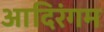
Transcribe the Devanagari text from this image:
आदिरंगम